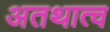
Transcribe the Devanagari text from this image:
अतथात्व